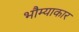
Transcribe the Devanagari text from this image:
भौम्याकार